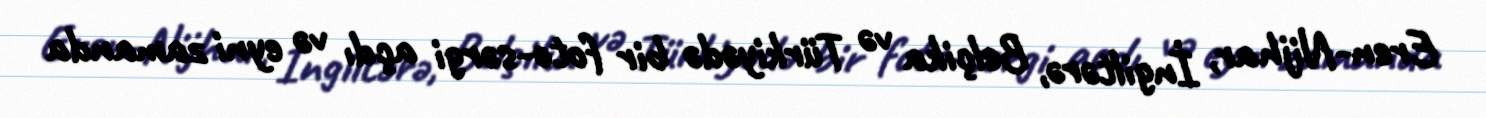
Eren-Nijhar, İngiltərə, Belçika və Türkiyədə bir foto-sərgi açdı və eyni zamanda